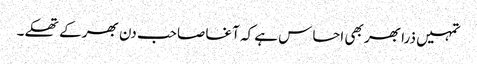
تمہیں ذرا بھر بھی احساس ہے کہ آغا صاحب دن بھر کے تھکے۔